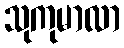
သုကုမာလာ